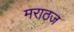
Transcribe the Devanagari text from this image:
मराठज